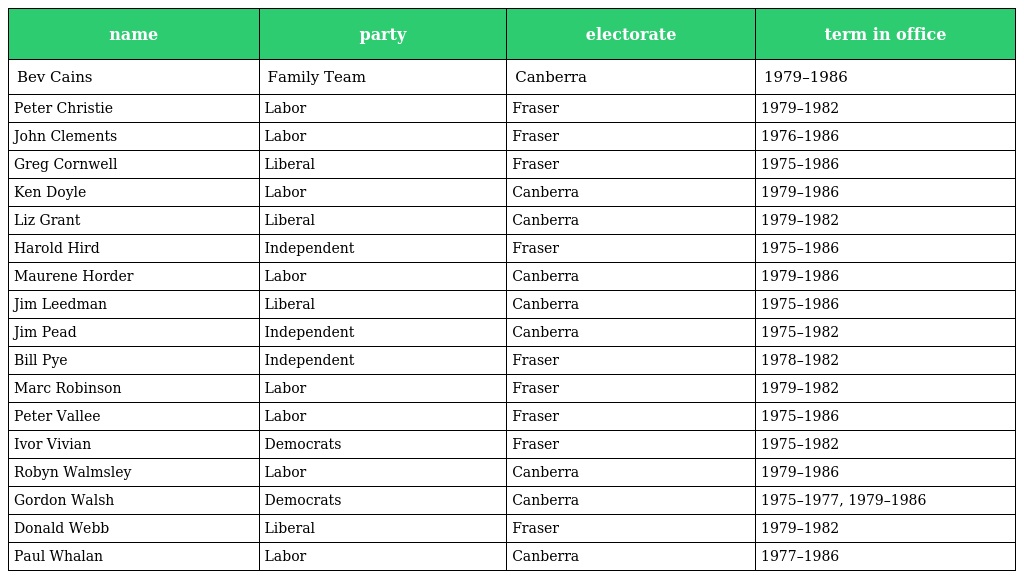
| name | party | electorate | term in office |
 | --- | --- | --- | --- |
 | Bev Cains | Family Team | Canberra | 1979–1986 |
 | Peter Christie | Labor | Fraser | 1979–1982 |
 | John Clements | Labor | Fraser | 1976–1986 |
 | Greg Cornwell | Liberal | Fraser | 1975–1986 |
 | Ken Doyle | Labor | Canberra | 1979–1986 |
 | Liz Grant | Liberal | Canberra | 1979–1982 |
 | Harold Hird | Independent | Fraser | 1975–1986 |
 | Maurene Horder | Labor | Canberra | 1979–1986 |
 | Jim Leedman | Liberal | Canberra | 1975–1986 |
 | Jim Pead | Independent | Canberra | 1975–1982 |
 | Bill Pye | Independent | Fraser | 1978–1982 |
 | Marc Robinson | Labor | Fraser | 1979–1982 |
 | Peter Vallee | Labor | Fraser | 1975–1986 |
 | Ivor Vivian | Democrats | Fraser | 1975–1982 |
 | Robyn Walmsley | Labor | Canberra | 1979–1986 |
 | Gordon Walsh | Democrats | Canberra | 1975–1977, 1979–1986 |
 | Donald Webb | Liberal | Fraser | 1979–1982 |
 | Paul Whalan | Labor | Canberra | 1977–1986 |